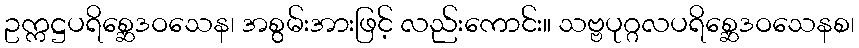
ဥက္ကဋ္ဌပရိစ္ဆေဒဝသေန၊ အစွမ်းအားဖြင့် လည်းကောင်း။ သဗ္ဗပုဂ္ဂလပရိစ္ဆေဒဝသေနစ၊